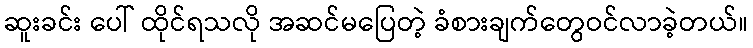
ဆူးခင်း ပေါ် ထိုင်ရသလို အဆင်မပြေတဲ့ ခံစားချက်တွေဝင်လာခဲ့တယ်။